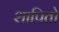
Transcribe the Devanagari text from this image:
शापितो